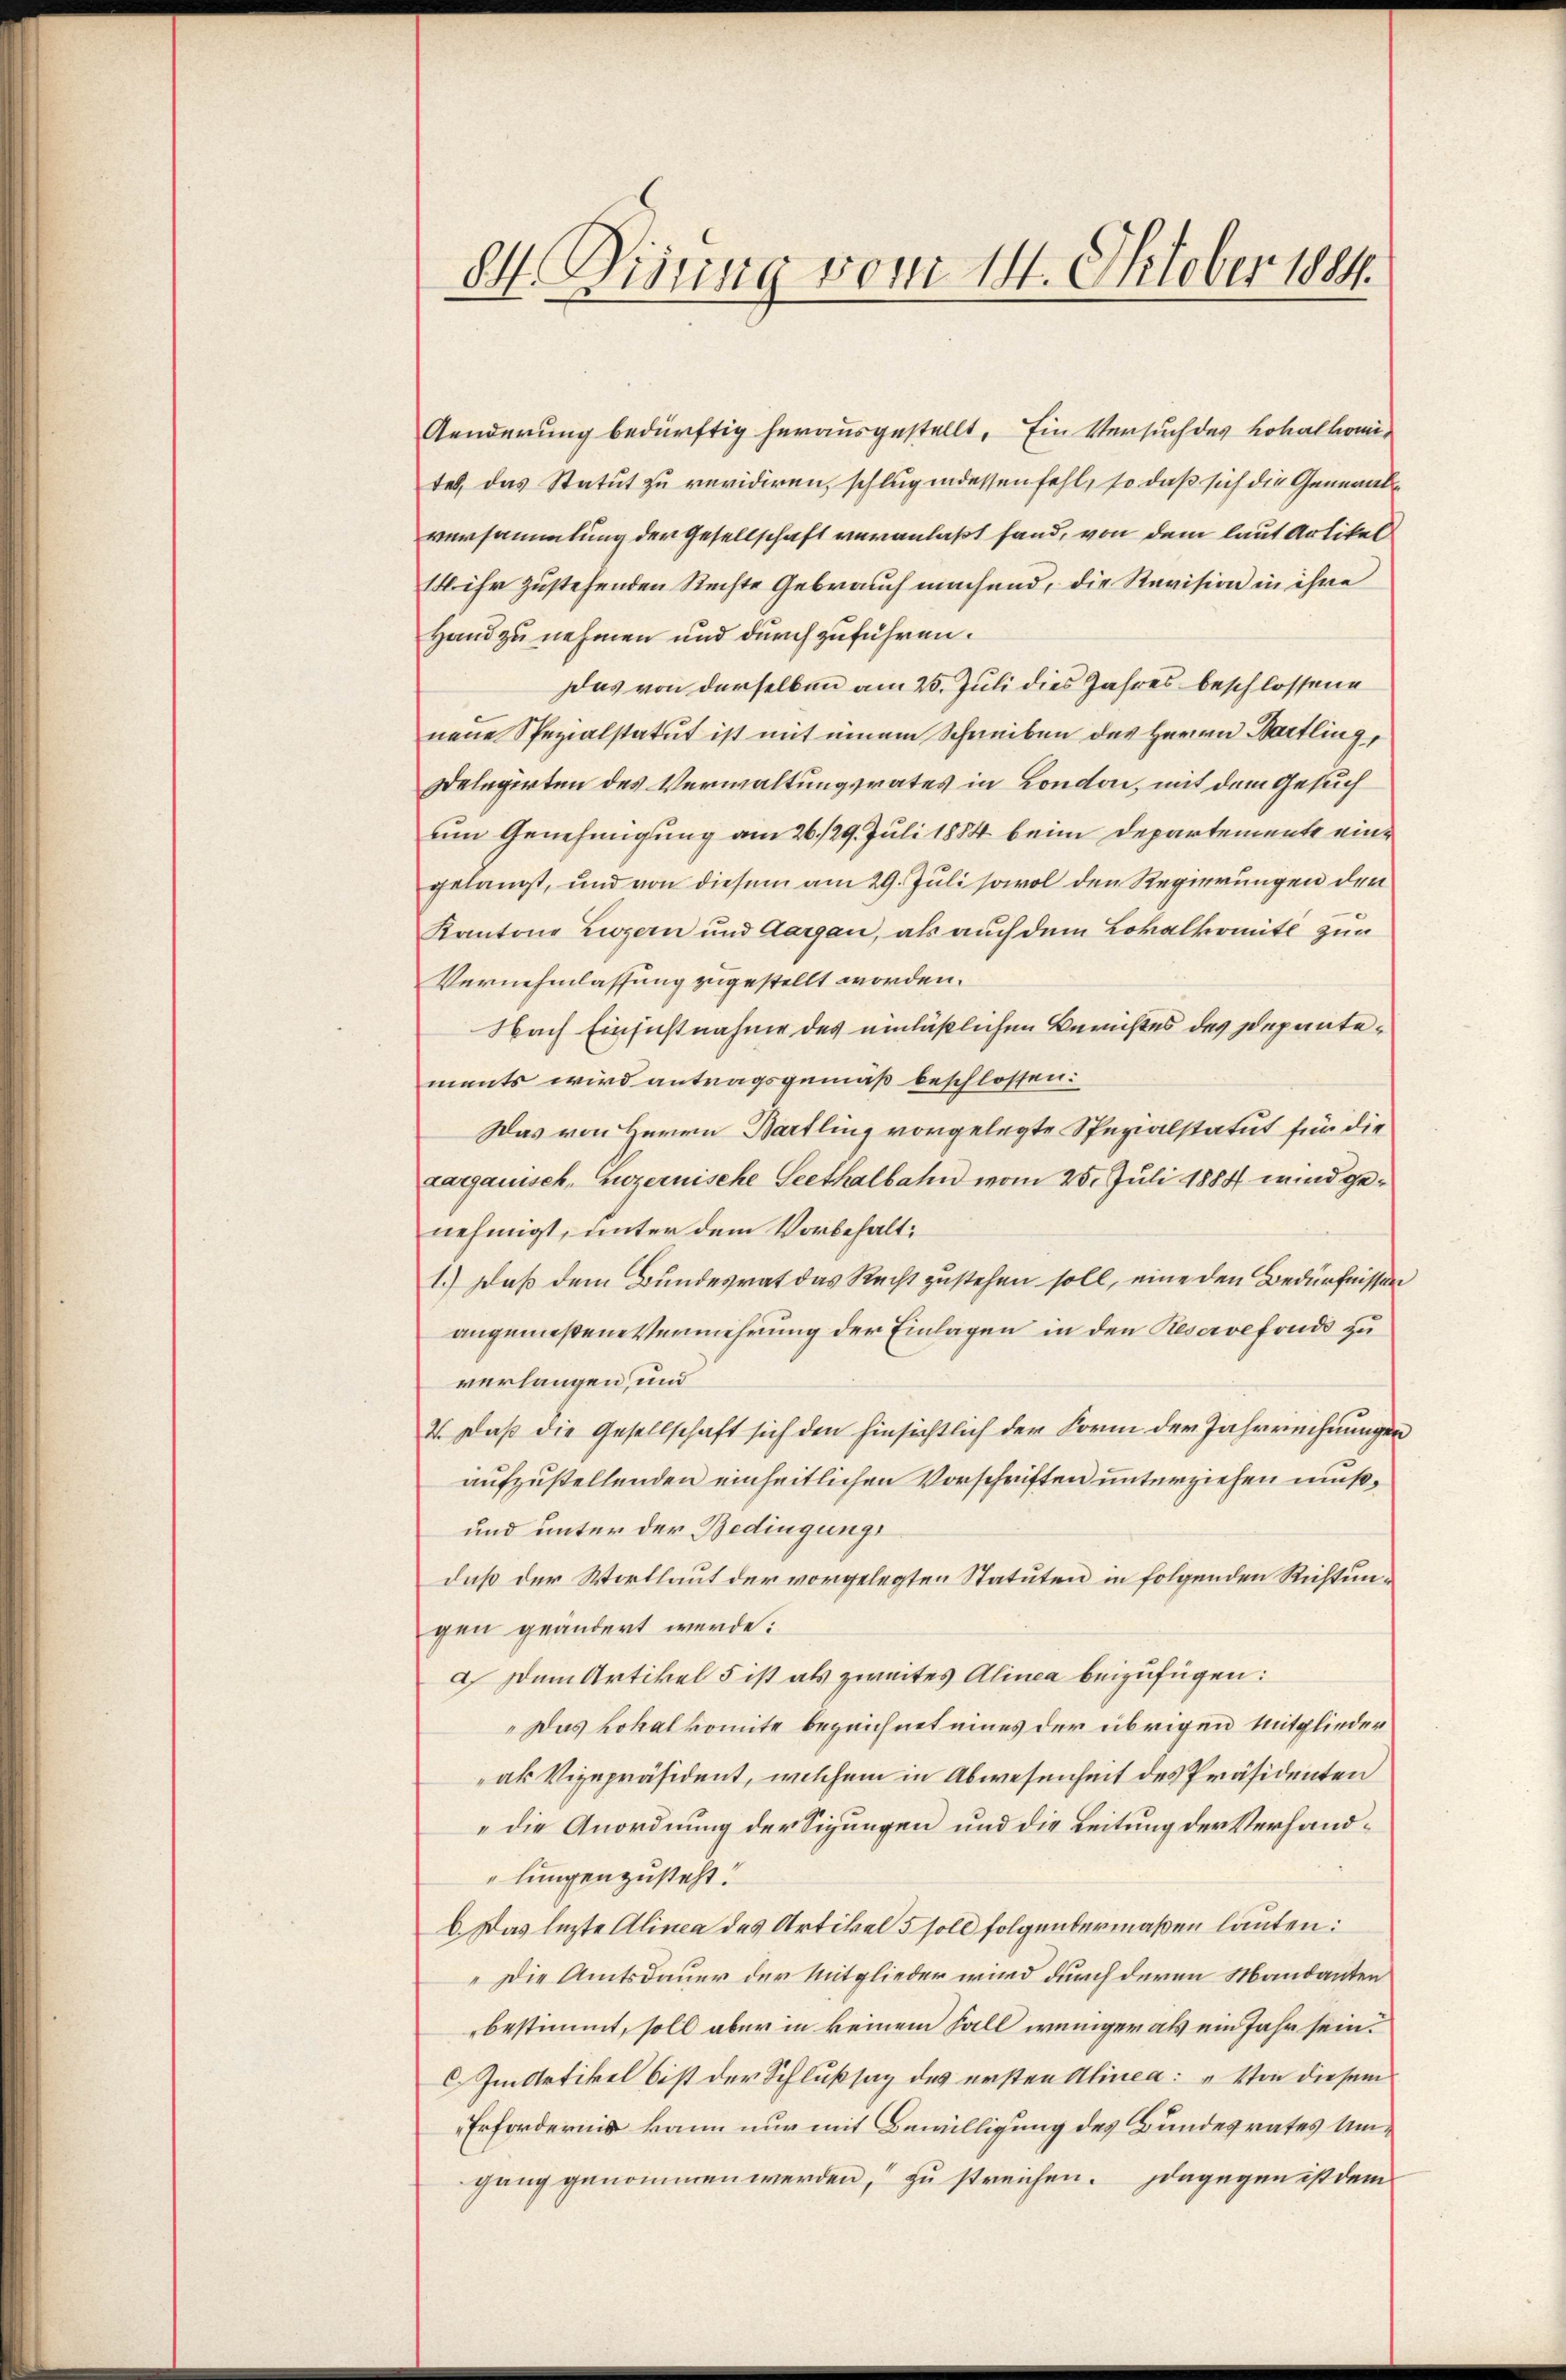
84. Disung vom 14. Oktober 1884.

Aenderung bedürftig herausgestellt. Ein Versuch des Lokalkomites, das Statut zu revidiren, schlugendessen fehl, so daß sich die Generalversammlung der Gesellschaft veranlaßt fand, von dem laut Artikel
14 ihr zustehenden Rechte Gebrauch machend, die Revision in ihre
Hand zu nehmen und durchzuführen.
Das von derselben am 20. Juli dies Jahres beschlossene
neue Spezialstatut ist mit einem Schreiben des Herrn Bartling,
Delegirten des Verwaltungsrates in London, mit dem Gesuch
um Genehmigung am 26./29. Juli 1884 beim Departemente eingelangt, und von diesem am 29. Juli sowol den Regierungen der
Kantone Zwern und Aargau, als auch dem Lokalkomite zur
Vernehmlassung zugestellt worden.
Nach Einsichtnahme des einläßlichen Berichtes des Depantements wird antragsgemäß beschlossen:
Das von Herrn Bartling vorgelegte Spezialstatut für die
cargauisch, Luzernische Seethalbahn vom 25. Juli 1884 wind genehmigt, unter dem Vorbehalt¬
1.) Daß dem Bundesrat das Recht zustehen soll, eine den Bedürfnissen
angemeßene Vermehrung der Einlagen in den Reservefonds zu
verlangen, und
2. Daß die Gesellschaft sich den hinsichtlich der Form der Jahrrechnungen
aufzustellenden einheitlichen Vorschriften unterziehen muß¬
und unter der Bedingungs
daß der Wortlaut der vorgelegten Statuten in folgenden Richtungen geändert werde:
a.) Dem Artikel 5 ist als zweites Alinea beizufügen:
„Das Lokalkomite bezeichnet eines der übrigen Mitglieder
ak Vizepräsident, welchem in Abwesenheit des Präsidenten
"die Anordnung der Sigungen und die Leitung der Verhandlungen zusteht.
b. Das lezte Alinea des Artikel 5 soll folgendermaßen lauten:
„Die Amtsdauer der Mitglieder wird durch deren Mandanten
bestimmt, soll aber in keinem Fall weniger als ein Jahr sein.
C. Im Artikel bist der Schlußsag des ersten Alinea: „Von diesem
Erfordernis kann nur mit Bewilligung des Bundesrates Umgang genommen werden, zu streichen. Dagegen ist dem